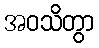
အဝသိတွာ